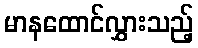
မာနထောင်လွှားသည့်